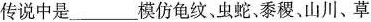
传说中是___模仿龟纹，虫蛇、黍稷、山川、草